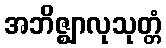
အဘိဇ္ဈာလုသုတ္တံ